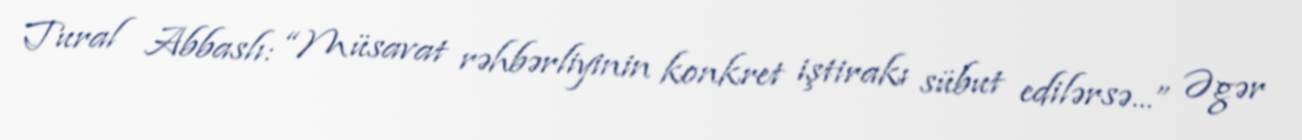
Tural Abbaslı: “Müsavat rəhbərliyinin konkret iştirakı sübut edilərsə...” Əgər